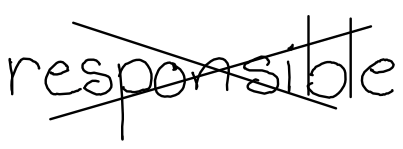
Text: responsible
Cross-out: cross
Writing tool: digital_black